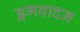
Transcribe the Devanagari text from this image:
ड्रमवादन